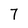
Character: 7